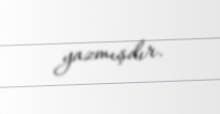
yazmışdır.